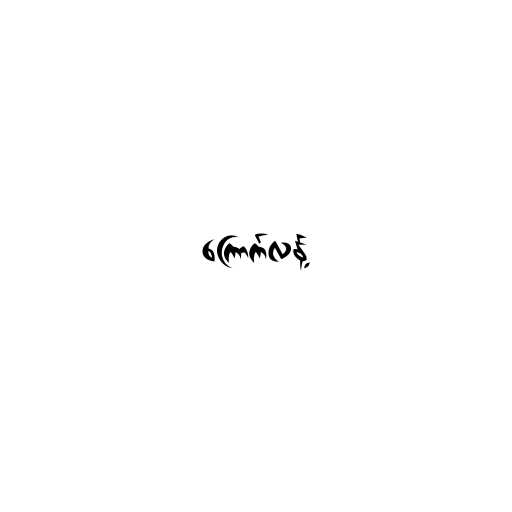
ကြောက်လန့်